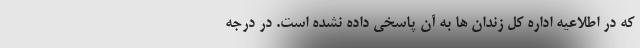
که در اطلاعیه اداره کل زندان ها به آن پاسخی داده نشده است. در درجه